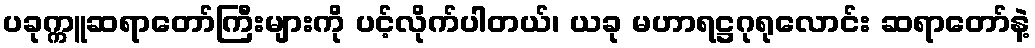
ပခုက္ကူဆရာတော်ကြီးများကို ပင့်လိုက်ပါတယ်၊ ယခု မဟာရဋ္ဌဂုရုလောင်း ဆရာတော်နဲ့